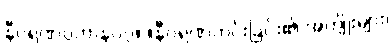
နီဝရဏပ္ပဟာနဝဂ္ဂ။ ။နီဝရဏကင်းခြင်း၏ အကျိုးများ၊